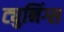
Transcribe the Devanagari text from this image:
ट्युनिंग्स